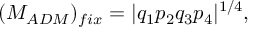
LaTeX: ( M _ { A D M } ) _ { f i x } = | q _ { 1 } p _ { 2 } q _ { 3 } p _ { 4 } | ^ { 1 / 4 } ,